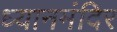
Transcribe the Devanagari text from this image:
ध्यानमंदिर